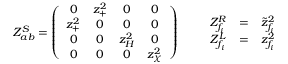
Z _ { a b } ^ { S } = \left( \begin{array} { c c c c } { { 0 } } & { { z _ { + } ^ { 2 } } } & { { 0 } } & { { 0 } } \\ { { z _ { + } ^ { 2 } } } & { { 0 } } & { { 0 } } & { { 0 } } \\ { { 0 } } & { { 0 } } & { { z _ { H } ^ { 2 } } } & { { 0 } } \\ { { 0 } } & { { 0 } } & { { 0 } } & { { z _ { \chi } ^ { 2 } } } \end{array} \right) \qquad \begin{array} { c c c } { { Z _ { f _ { i } } ^ { R } } } & { { = } } & { { \tilde { z } _ { f _ { i } } ^ { 2 } } } \\ { { Z _ { f _ { i } } ^ { L } } } & { { = } } & { { z _ { f _ { i } } ^ { 2 } } } \end{array}